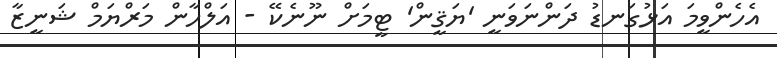
އެހެންވީމަ އަޅުގަނޑު ދަންނަވަނީ 'ޔަޤީން' ޓީމަށް ނޫނެކޭ - އަލްހާން މަރްޔަމް ޝަނީޒާ